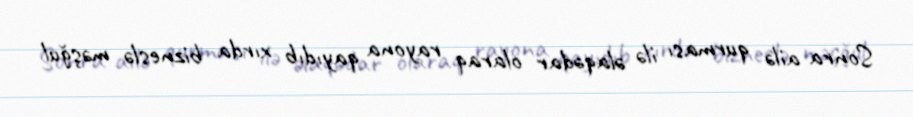
Sonra ailə qurması ilə əlaqədar olaraq rayona qayıdıb xırda bizneslə məşğul